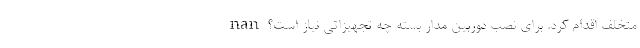
متخلف اقدام کرد. برای نصب دوربین مدار بسته چه تجهیزاتی نیاز است؟ nan